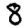
Digit: 8